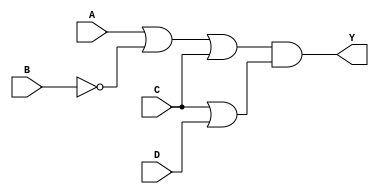
module pos_simplification (
    input wire A,    // Input A
    input wire B,    // Input B
    input wire C,    // Input C
    input wire D,    // Input D
    output wire Y    // Output Y
);

// Define sum terms using OR operations
wire sum1; // Represents (A + B' + C)
wire sum2; // Represents (C + D)

// Implementing the sum terms
assign sum1 = A | (~B) | C; // (A + B' + C)
assign sum2 = C | D;        // (C + D)

// Implementing the Product of Sums (POS) using AND operation
assign Y = sum1 & sum2; // ((A + B')(C + D))

endmodule